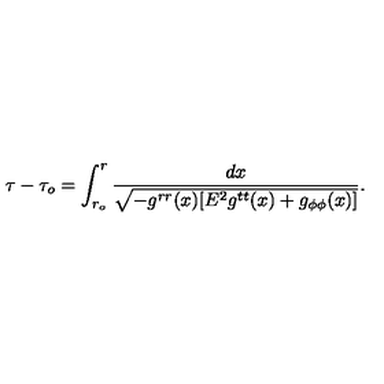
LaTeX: \tau - \tau _ { o } = \int _ { r _ { o } } ^ { r } \frac { d x } { \sqrt { - g ^ { r r } ( x ) [ E ^ { 2 } g ^ { t t } ( x ) + g _ { \phi \phi } ( x ) ] } } .